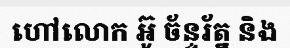
ហៅលោក អ៊ូ ច័ន្ទរ័ត្ន និង